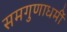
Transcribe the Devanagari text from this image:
समगुणाधर्मी